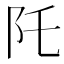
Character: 𮤹